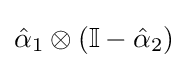
{\hat {\alpha }}_{1}\otimes (\mathbb {I} -{\hat {\alpha }}_{2})